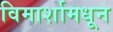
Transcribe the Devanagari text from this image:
विमार्शामधून